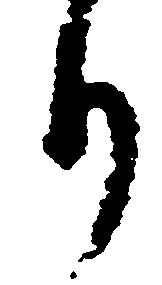
り